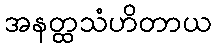
အနတ္ထသံဟိတာယ